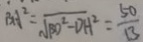
B A ^ { 2 } = \sqrt { B O ^ { 2 } - D H ^ { 2 } } = \frac { 5 0 } { 1 3 }